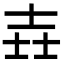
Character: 壵